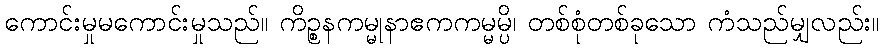
ကောင်းမှုမကောင်းမှုသည်။ ကိဉ္စနကမ္မုနာဧကကမ္မမ္ပိ၊ တစ်စုံတစ်ခုသော ကံသည်မျှလည်း။